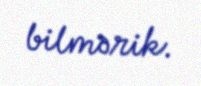
bilmərik.